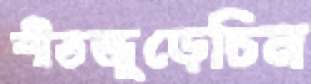
শীতজুড়েচিন